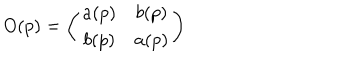
O ( p ) = \left( \begin{matrix} { { a ( p ) } } & { { b ( p ) } } \\ { { b ( p ) } } & { { a ( p ) } } \\ \end{matrix} \right)